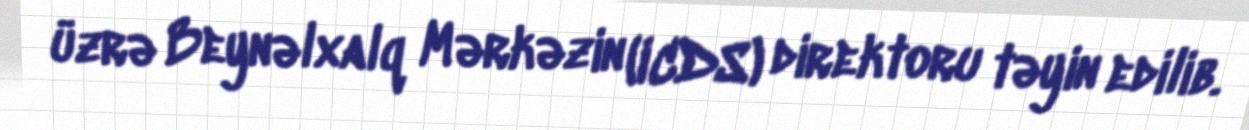
üzrə Beynəlxalq Mərkəzin (ICDS) direktoru təyin edilib.